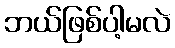
ဘယ်ဖြစ်ပါ့မလဲ